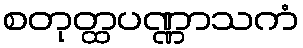
စတုတ္ထပဏ္ဏာသကံ